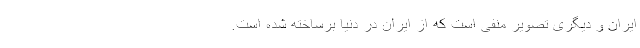
ایران و دیگری تصویر منفی است که از ایران در دنیا برساخته شده است.